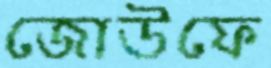
জোউফে